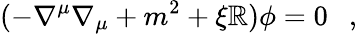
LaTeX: (-\nabla^{\mu}\nabla_{\mu}+m^{2}+\xi\mathbb{R})\phi=0~~~,